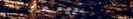
TRY OUR PIZZA